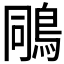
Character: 𪀭